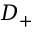
D _ { + }